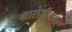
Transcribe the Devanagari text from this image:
नारोजीनगर